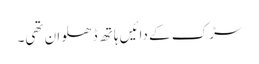
سڑک کے دائیں ہاتھ ڈھلوان تھی۔